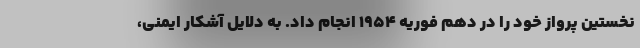
نخستین پرواز خود را در دهم فوریه 1954 انجام داد. به دلایل آشکار ایمنی،